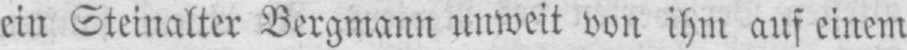
ein Steinalter Bergmann unweit von ihm auf einem